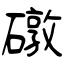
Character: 礅